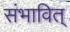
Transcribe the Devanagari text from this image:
संभावित्